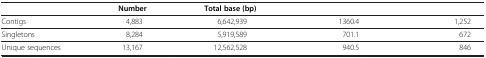
<table><thead><tr><td>[EMPTY_CELL]</td><td><b>Number</b></td><td><b>Total base (bp)</b></td><td>[EMPTY_CELL]</td><td>[EMPTY_CELL]</td></tr></thead><tbody><tr><td>Contigs</td><td>4,883</td><td>6,642,939</td><td>1360.4</td><td>1,252</td></tr><tr><td>Singletons</td><td>8,284</td><td>5,919,589</td><td>701.1</td><td>672</td></tr><tr><td>Unique sequences</td><td>13,167</td><td>12,562,528</td><td>940.5</td><td>846</td></tr></tbody></table>